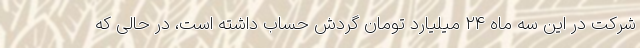
شرکت در این سه ماه ٢٤ میلیارد تومان گردش حساب داشته است، در حالی که